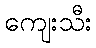
ကျေးသီး